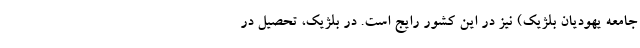
جامعه یهودیان بلژیک) نیز در این کشور رایج است. در بلژیک، تحصیل در